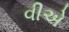
વીએ